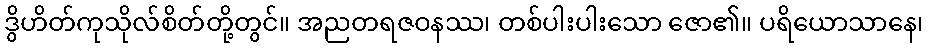
ဒွိဟိတ်ကုသိုလ်စိတ်တို့တွင်။ အညတရဇဝနဿ၊ တစ်ပါးပါးသော ဇော၏။ ပရိယောသာနေ၊